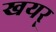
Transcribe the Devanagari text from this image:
खयर्